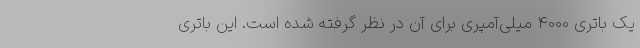
یک باتری 4000 میلی‌آمپری برای آن در نظر گرفته شده است. این باتری